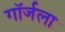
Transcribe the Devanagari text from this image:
गॉर्जला